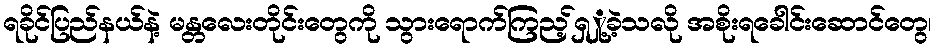
ရခိုင်ပြည်နယ်နဲ့ မန္တလေးတိုင်းတွေကို သွားရောက်ကြည့်ရှှု့ခဲ့သလို အစိုးရခေါင်းဆောင်တွေ၊